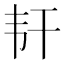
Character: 𬰱